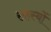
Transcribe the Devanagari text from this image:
सहस्यों